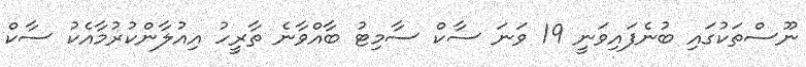
ނޫސްތަކުގައި ބުނެފައިވަނީ 19 ވަނަ ސާކް ސާމިޓު ބާއްވާނެ ތާރީހު އިއުލާންކުރުމާއެކު ސާކް